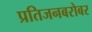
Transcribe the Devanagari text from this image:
प्रतिजनबरोबर